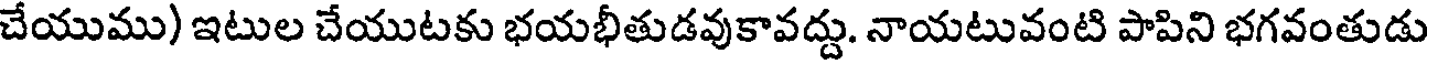
చేయుము) ఇటుల చేయుటకు భయభీతుడవుకావద్దు. నాయటువంటి పాపిని భగవంతుడు